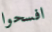
افسحوا